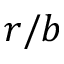
r / b